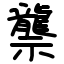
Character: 龒